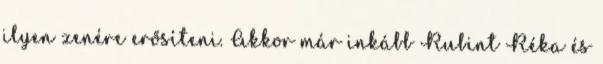
ilyen zenére erősíteni. Akkor már inkább Rubint Réka és